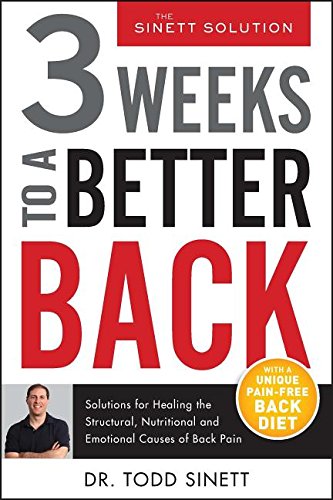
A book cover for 3 Weeks To A Better Back: Solutions for Healing the Structural, Nutritional, and Emotional Causes of Back Pain (The Sinett Solution); Todd Sinett; Health, Fitness & Dieting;